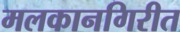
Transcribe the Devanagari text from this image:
मलकानगिरीत